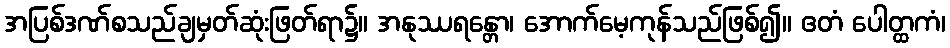
အပြစ်ဒဏ်စသည်ချမှတ်ဆုံးဖြတ်ရာ၌။ အနုဿရန္တော၊ အောက်မေ့ကုန်သည်ဖြစ်၍။ ဧတံ ပေါတ္ထကံ၊